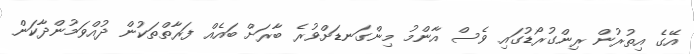
އޭގެ އިތުރުން ރިންގުރޯޑުގައި ވެސް އާންމު މިންގަނޑަށްވުރެ ބާރަށް ބައެއް ފަރާތްތަކުން ދުއްވަމުންދާކަން